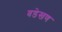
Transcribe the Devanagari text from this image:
वडेखण